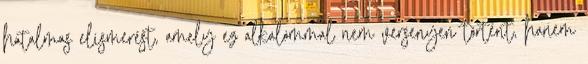
hatalmas elismerést, amely ez alkalommal nem versenyen történt, hanem